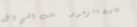
شارع الزهور   قلب الحي ال